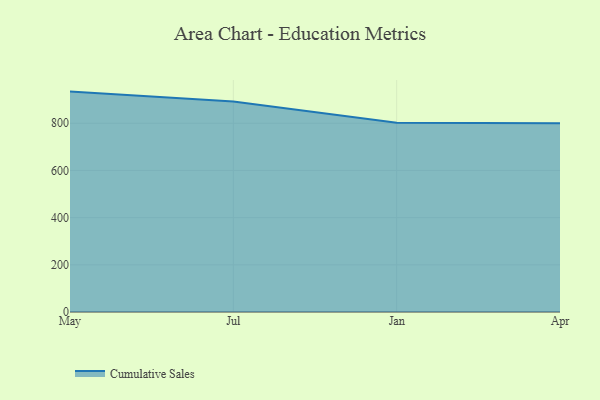
{"axis": {"x": "Month", "y": "Latency (ms)"}, "legend": ["Cumulative Sales"], "data": [{"x": "May", "y": 934.1, "type": "Cumulative Sales"}, {"x": "Jul", "y": 892.0, "type": "Cumulative Sales"}, {"x": "Jan", "y": 801.7, "type": "Cumulative Sales"}, {"x": "Apr", "y": 800, "type": "Cumulative Sales"}]}